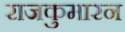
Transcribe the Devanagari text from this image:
राजकुमारन